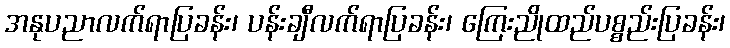
အနုပညာလက်ရာပြခန်း၊ ပန်းချီလက်ရာပြခန်း၊ ကြေးညိုထည်ပစ္စည်းပြခန်း၊